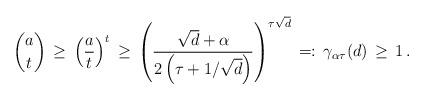
LaTeX: \begin{align*} \binom{a}{t}\,\geq\, \left(\frac{a}{t}\right)^t\,\geq\,\left(\frac{\sqrt{d}+\alpha}{2\left(\tau + 1 /\sqrt{d}\right)}\right)^{\tau \sqrt{d}}\,=:\, \gamma_{\alpha\tau}(d) \,\geq\, 1 \,.\end{align*}